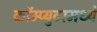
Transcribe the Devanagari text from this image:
कॉम्प्युटरमध्ये